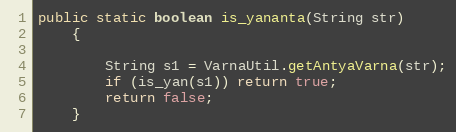
Language: Java
public static boolean is_yananta(String str)
    {

        String s1 = VarnaUtil.getAntyaVarna(str);
        if (is_yan(s1)) return true;
        return false;
    }